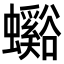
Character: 𧕉